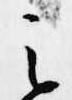
之